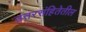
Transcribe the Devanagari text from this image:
उत्तरसंहितेतील